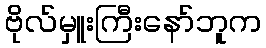
ဗိုလ်မှူးကြီးနော်ဘူက